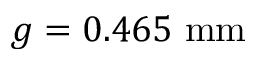
g = 0 . 4 6 5 ~ \mathrm { m m }